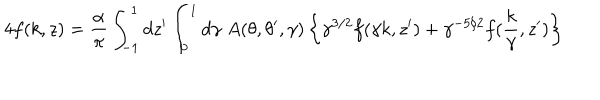
4 f ( k , z ) = { \frac { \alpha } { \pi } } \int _ { - 1 } ^ { 1 } d z ^ { \prime } \int _ { 0 } ^ { 1 } d \gamma \; A ( \theta , \theta ^ { \prime } , \gamma ) \left\{ \gamma ^ { 3 / 2 } f ( \gamma k , z ^ { \prime } ) + \gamma ^ { - 5 / 2 } f ( { \frac { k } { \gamma } } , z ^ { \prime } ) \right\}